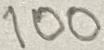
Text: 100